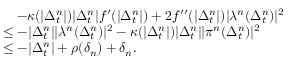
\begin{array} { r l } & { \quad - \kappa ( | \Delta _ { t } ^ { n } | ) | \Delta _ { t } ^ { n } | f ^ { \prime } ( | \Delta _ { t } ^ { n } | ) + 2 f ^ { \prime \prime } ( | \Delta _ { t } ^ { n } | ) \vert \lambda ^ { n } ( \Delta _ { t } ^ { n } ) \vert ^ { 2 } } \\ & { \le - | \Delta _ { t } ^ { n } | \vert \lambda ^ { n } ( \Delta _ { t } ^ { n } ) \vert ^ { 2 } - \kappa ( | \Delta _ { t } ^ { n } | ) | \Delta _ { t } ^ { n } | \vert \pi ^ { n } ( \Delta _ { t } ^ { n } ) \vert ^ { 2 } } \\ & { \le - | \Delta _ { t } ^ { n } | + \rho ( \delta _ { n } ) + \delta _ { n } . } \end{array}